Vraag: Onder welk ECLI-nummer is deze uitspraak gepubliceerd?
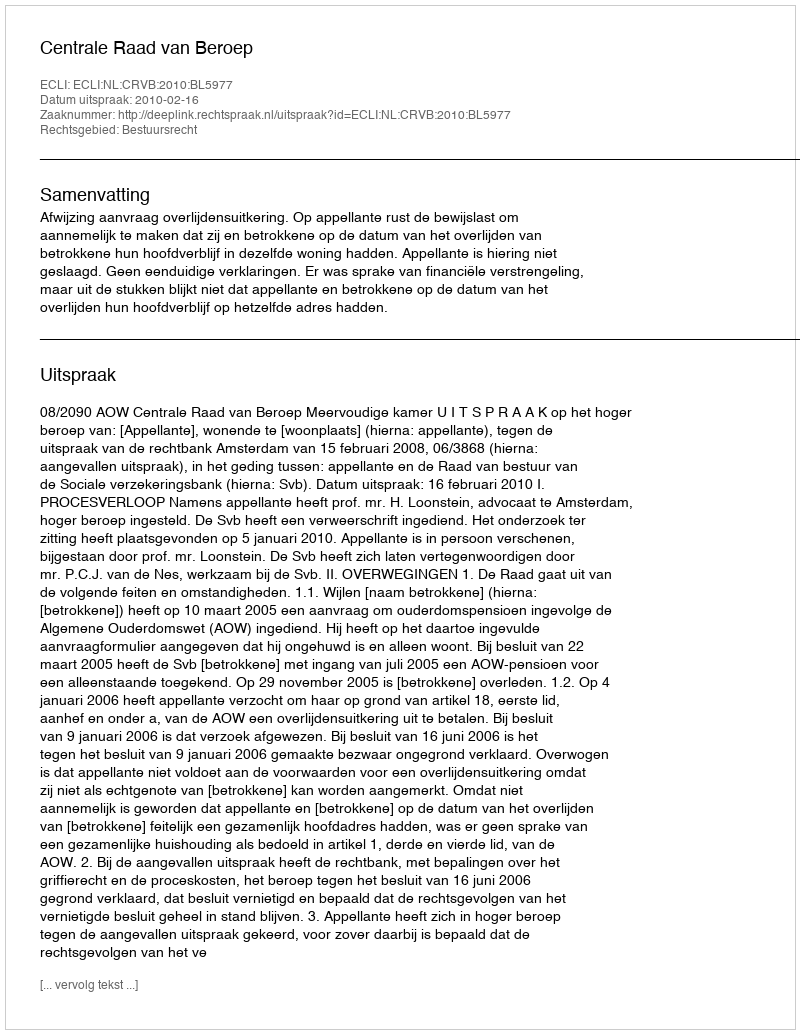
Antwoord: ECLI:NL:CRVB:2010:BL5977